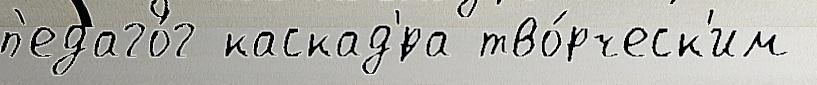
п'едаго́г каскад'́ра тво́рческ'им